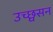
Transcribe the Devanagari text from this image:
उच्छ्वसन